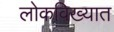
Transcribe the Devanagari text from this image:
लोकविख्यात